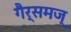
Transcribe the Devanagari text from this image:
गैर्समज्